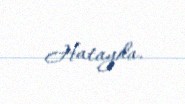
Hatayda.